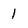
Character: 1